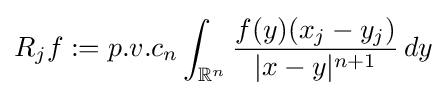
R_{j}f:=p.v.c_{n}\int _{\mathbb {R} ^{n}}{\frac {f(y)(x_{j}-y_{j})}{|x-y|^{n+1}}}\,dy